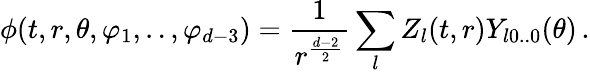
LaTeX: \phi(t,r,\theta,\varphi_{1},..,\varphi_{d-3})=\frac{1}{r^{\frac{d-2}{2}}}\sum_{l}Z_{l}(t,r)Y_{l0..0}(\theta)\, .